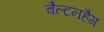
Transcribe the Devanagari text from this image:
चैल्टनहैग